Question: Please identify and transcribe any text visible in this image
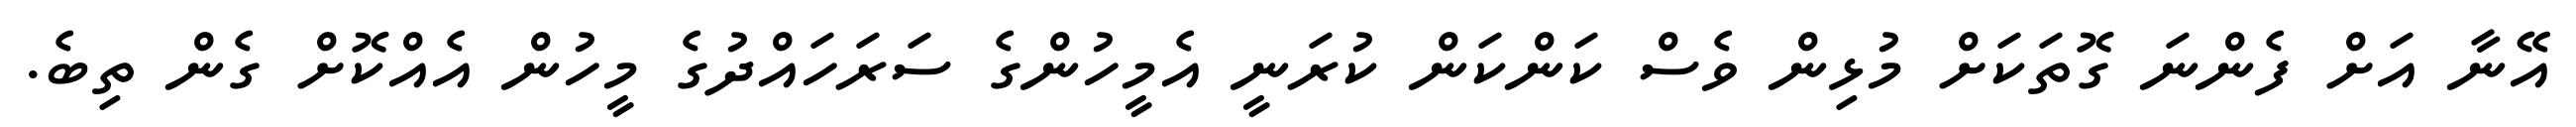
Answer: އޭނާ އަށް ފެންނަ ގޮތަކަށް މުޅިން ވެސް ކަންކަން ކުރަނީ އެމީހުންގެ ސަރަހައްދުގެ މީހުން އެއްކޮށް ގެން ތިބެ.